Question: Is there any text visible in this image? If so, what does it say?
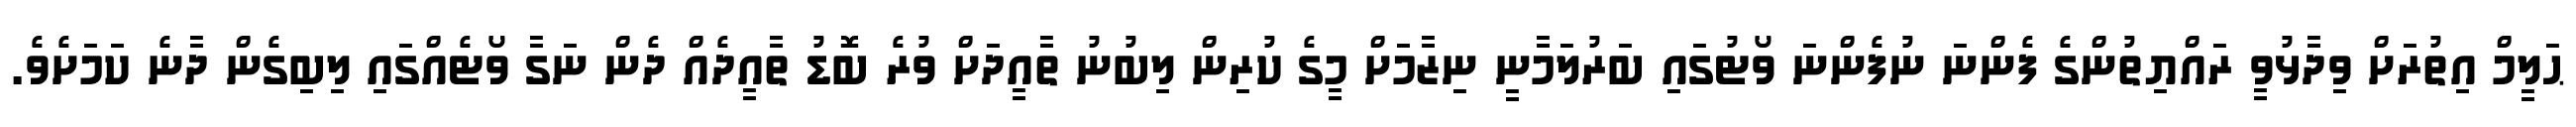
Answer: ޙަލީމް އިތުރަށް ވިދާޅުވީ ރައްޔިތުންގެ ފެންނަ ނުފެންނަ ވޯޓުގައި ބަރުލަމާނީ ނިޒާމަށް މީގެ ކުރިން ލިބުނު ތާއީދަށް ވުރެ ބޮޑު ތާއީދެއް ދެން ނަގާ ވޯޓެއްގައި ލިބިގެން ދާނެ ކަމަށެވެ.